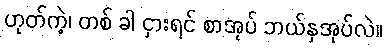
ဟုတ်ကဲ့၊ တစ် ခါ ငှားရင် စာအုပ် ဘယ်နှအုပ်လဲ။